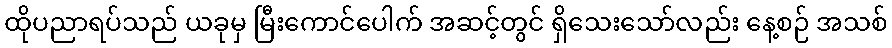
ထိုပညာရပ်သည် ယခုမှ မြီးကောင်ပေါက် အဆင့်တွင် ရှိသေးသော်လည်း နေ့စဉ် အသစ်